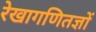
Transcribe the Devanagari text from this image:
रेखागणितज्ञों